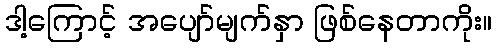
ဒါ့ကြောင့် အပျော်မျက်နှာ ဖြစ်နေတာကိုး။